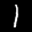
Label: 1